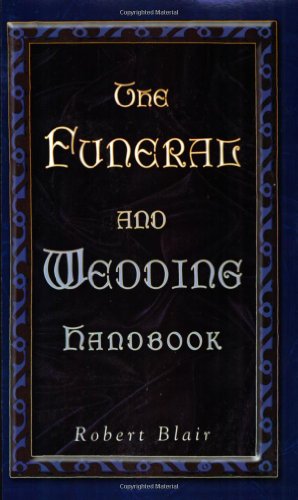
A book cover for The Funeral and Wedding Handbook; Robert Blair; Crafts, Hobbies & Home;